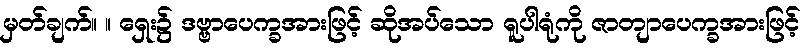
မှတ်ချက်။ ။ ရှေး၌ ဒဗ္ဗာပေက္ခအားဖြင့် ဆိုအပ်သော ရူပါရုံကို ဇာတျာပေက္ခအားဖြင့်